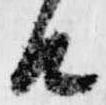
由